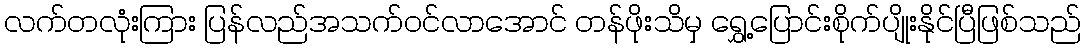
လက်တလုံးကြား ပြန်လည်အသက်ဝင်လာအောင် တန်ဖိုးသိမှ ရွှေ့ပြောင်းစိုက်ပျိုးနိုင်ပြီဖြစ်သည်